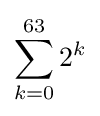
\sum _{k=0}^{63}2^{k}